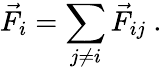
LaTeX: \vec{F}_{i}=\sum_{j\neq i}\vec{F}_{ij}\ .